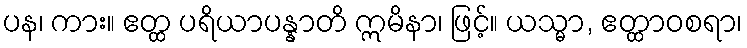
ပန၊ ကား။ ဧတ္ထ ပရိယာပန္နာတိ ဣမိနာ၊ ဖြင့်။ ယသ္မာ, ဧတ္ထာဝစရာ၊